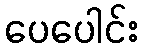
ပေပေါင်း